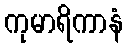
ကုမာရိကာနံ